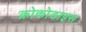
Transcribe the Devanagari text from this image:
क्रोकोडाइस